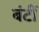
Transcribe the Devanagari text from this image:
बंटीं